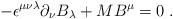
LaTeX: \begin{align*}-\epsilon^{\mu\nu\lambda}\partial_\nu B_\lambda +M B^\mu= 0\;.\end{align*}